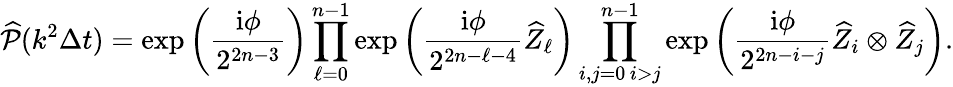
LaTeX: \widehat{\mathcal{P}}(k^{2}\Delta t)=\exp\left(\frac{\mathrm{i}\phi}{2^{2n-3}}\right)\prod_{\ell=0}^{n-1}\exp\left(\frac{\mathrm{i}\phi}{2^{2n-\ell-4}}\widehat{Z}_{\ell}\right)\prod_{\substack{i,j=0\, i>j}}^{n-1}\exp\left(\frac{\mathrm{i}\phi}{2^{2n-i-j}}\widehat{Z}_{i}\otimes\widehat{Z}_{j}\right).